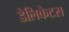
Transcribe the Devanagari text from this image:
डेलिकेटस